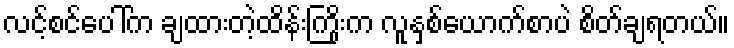
လင့်စင်ပေါ်က ချထားတဲ့ထိန်းကြိုးက လူနှစ်ယောက်စာပဲ စိတ်ချရတယ်။